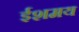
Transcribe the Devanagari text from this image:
ईशमय